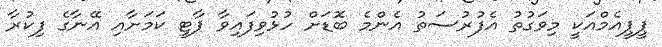
ޕީޕީއެމްއަކީ މިވަގުތު އެފުރުސަތު އެންމެ ބޮޑަށް ހުޅުވިފައިވާ ޕާޓީ ކަމަށާއި އޭނާގެ ފިކުރާ